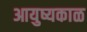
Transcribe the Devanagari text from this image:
आयुष्यकाळ